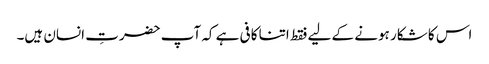
اس کا شکار ہونے کے لیے فقط اتنا کافی ہے کہ آپ حضرتِ انسان ہیں۔